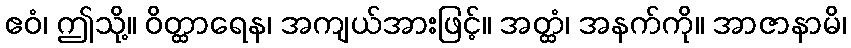
ဧဝံ၊ ဤသို့။ ဝိတ္ထာရေန၊ အကျယ်အားဖြင့်။ အတ္ထံ၊ အနက်ကို။ အာဇာနာမိ၊